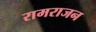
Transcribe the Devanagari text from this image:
रामराजन